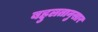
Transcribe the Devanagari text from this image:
बहुलतानुसार